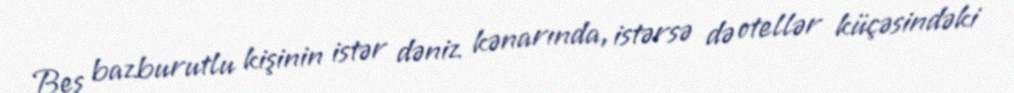
Beş bazburutlu kişinin istər dəniz kənarında, istərsə də otellər küçəsindəki